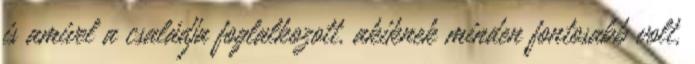
is amivel a családja foglalkozott, akiknek minden fontosabb volt,